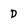
Character: D